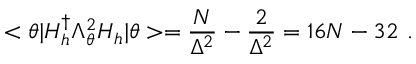
< \theta | H _ { h } ^ { \dag } \Lambda _ { \theta } ^ { 2 } H _ { h } | \theta > = \frac { N } { \Delta ^ { 2 } } - \frac { 2 } { \Delta ^ { 2 } } = 1 6 N - 3 2 \ .